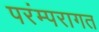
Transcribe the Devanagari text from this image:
परंम्परागत